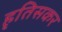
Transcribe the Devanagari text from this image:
हृतिसकर